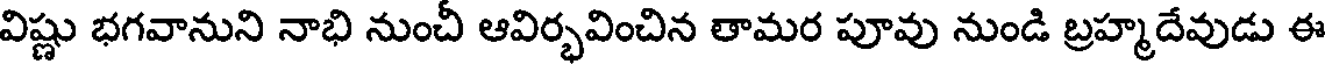
విష్ణు భగవానుని నాభి నుంచీ ఆవిర్భవించిన తామర పూవు నుండి బ్రహ్మదేవుడు ఈ